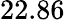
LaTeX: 22.86